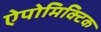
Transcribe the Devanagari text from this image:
ऐपोमिक्टिक